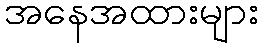
အနေအထားများ